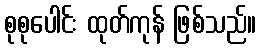
စုစုပေါင်း ထုတ်ကုန် ဖြစ်သည်။